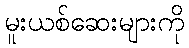
မူးယစ်ဆေးများကို